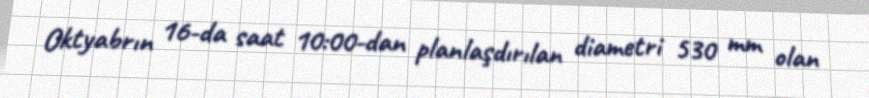
Oktyabrın 16-da saat 10:00-dan planlaşdırılan diametri 530 mm olan